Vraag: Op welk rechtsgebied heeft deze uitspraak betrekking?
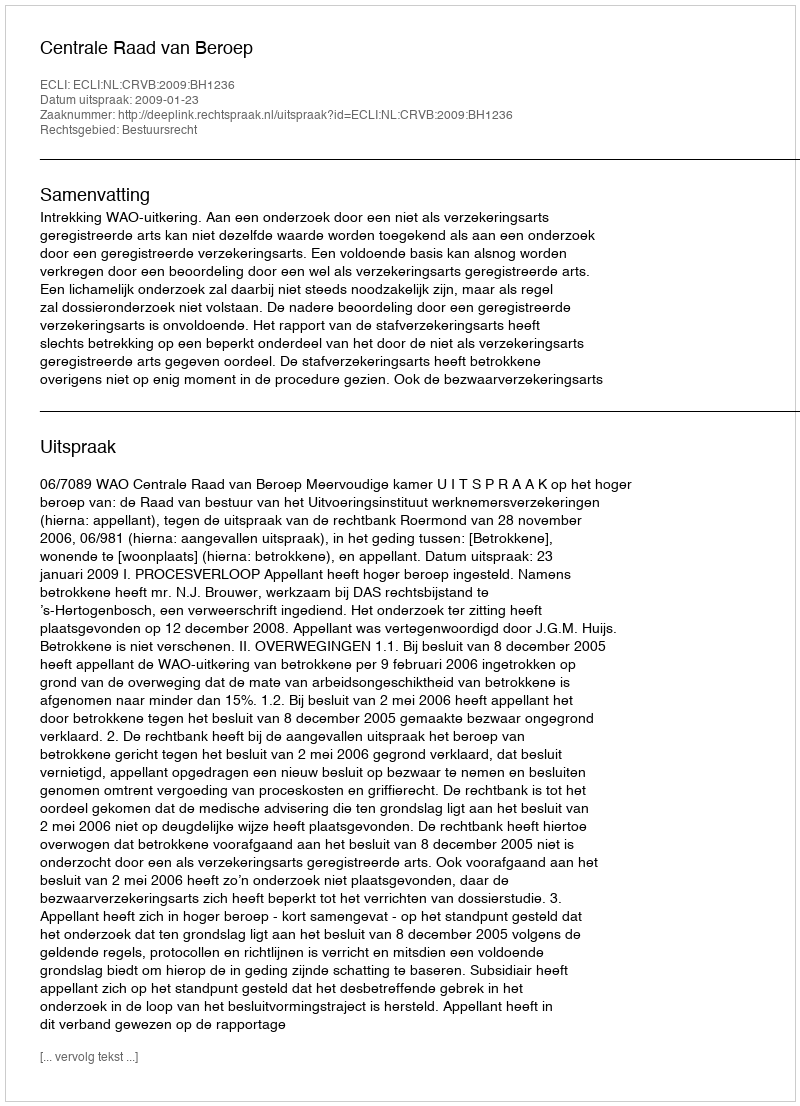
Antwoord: Bestuursrecht